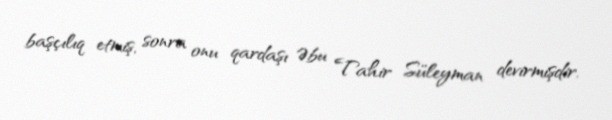
başçılıq etmiş, sonra onu qardaşı Əbu Tahir Süleyman devirmişdir.